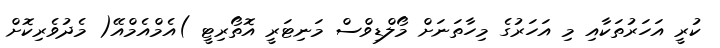
ކުރީ އަހަރުތަކާއި މި އަހަރުގެ މިހާތަނަށް މޯލްޑިވްސް މަނިޓަރީ އޮތޯރިޓީ )އެމްއެމްއޭ( މެދުވެރިކޮށް